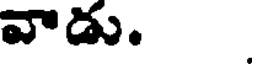
వాడు.